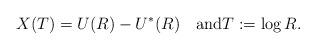
LaTeX: \begin{align*}X(T)=U(R)-U^*(R)\quad\textrm{and}T:=\log R.\end{align*}